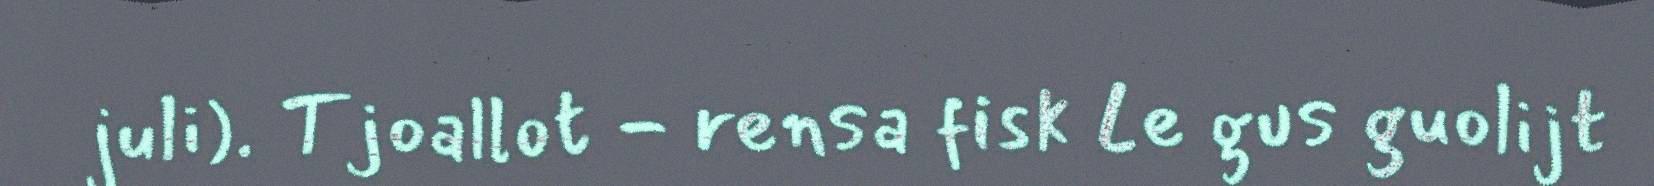
juli). Tjoallot - rensa fisk Le gus guolijt